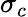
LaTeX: \sigma_{c}